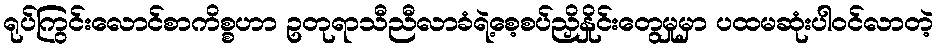
ရုပ်ကြွင်းလောင်စာကိစ္စဟာ ဥတုရာသီညီလာခံရဲ့စေ့စပ်ညှိနှိုင်းတွေမှုမှာ ပထမဆုံးပါဝင်လာတဲ့